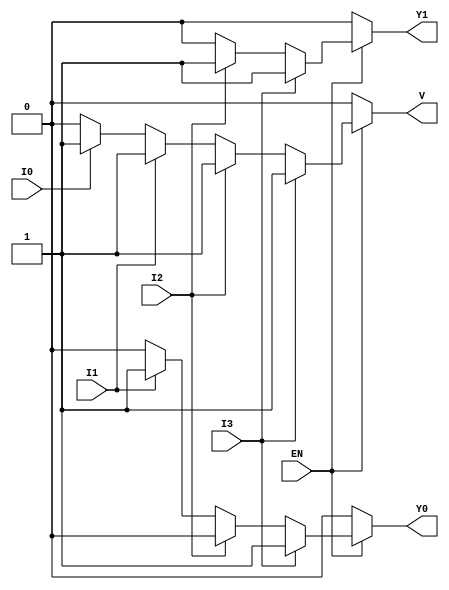
module encoder_4to2 (
    input wire I3,    // Input 3 (highest priority)
    input wire I2,    // Input 2
    input wire I1,    // Input 1
    input wire I0,    // Input 0 (lowest priority)
    input wire EN,    // Enable signal
    output reg Y1,    // Output 1
    output reg Y0,    // Output 0
    output reg V      // Valid output
);

always @(*) begin
    if (EN) begin
        // Default outputs
        Y1 = 1'b0;
        Y0 = 1'b0;
        V = 1'b0;

        // Priority encoding
        if (I3) begin
            Y1 = 1'b1;
            Y0 = 1'b1;
            V = 1'b1;
        end else if (I2) begin
            Y1 = 1'b1;
            Y0 = 1'b0;
            V = 1'b1;
        end else if (I1) begin
            Y1 = 1'b0;
            Y0 = 1'b1;
            V = 1'b1;
        end else if (I0) begin
            Y1 = 1'b0;
            Y0 = 1'b0;
            V = 1'b1;
        end
    end else begin
        // If not enabled, outputs are invalid
        Y1 = 1'b0;
        Y0 = 1'b0;
        V = 1'b0;
    end
end

endmodule